Trukikaitis_Postimees, lk 140
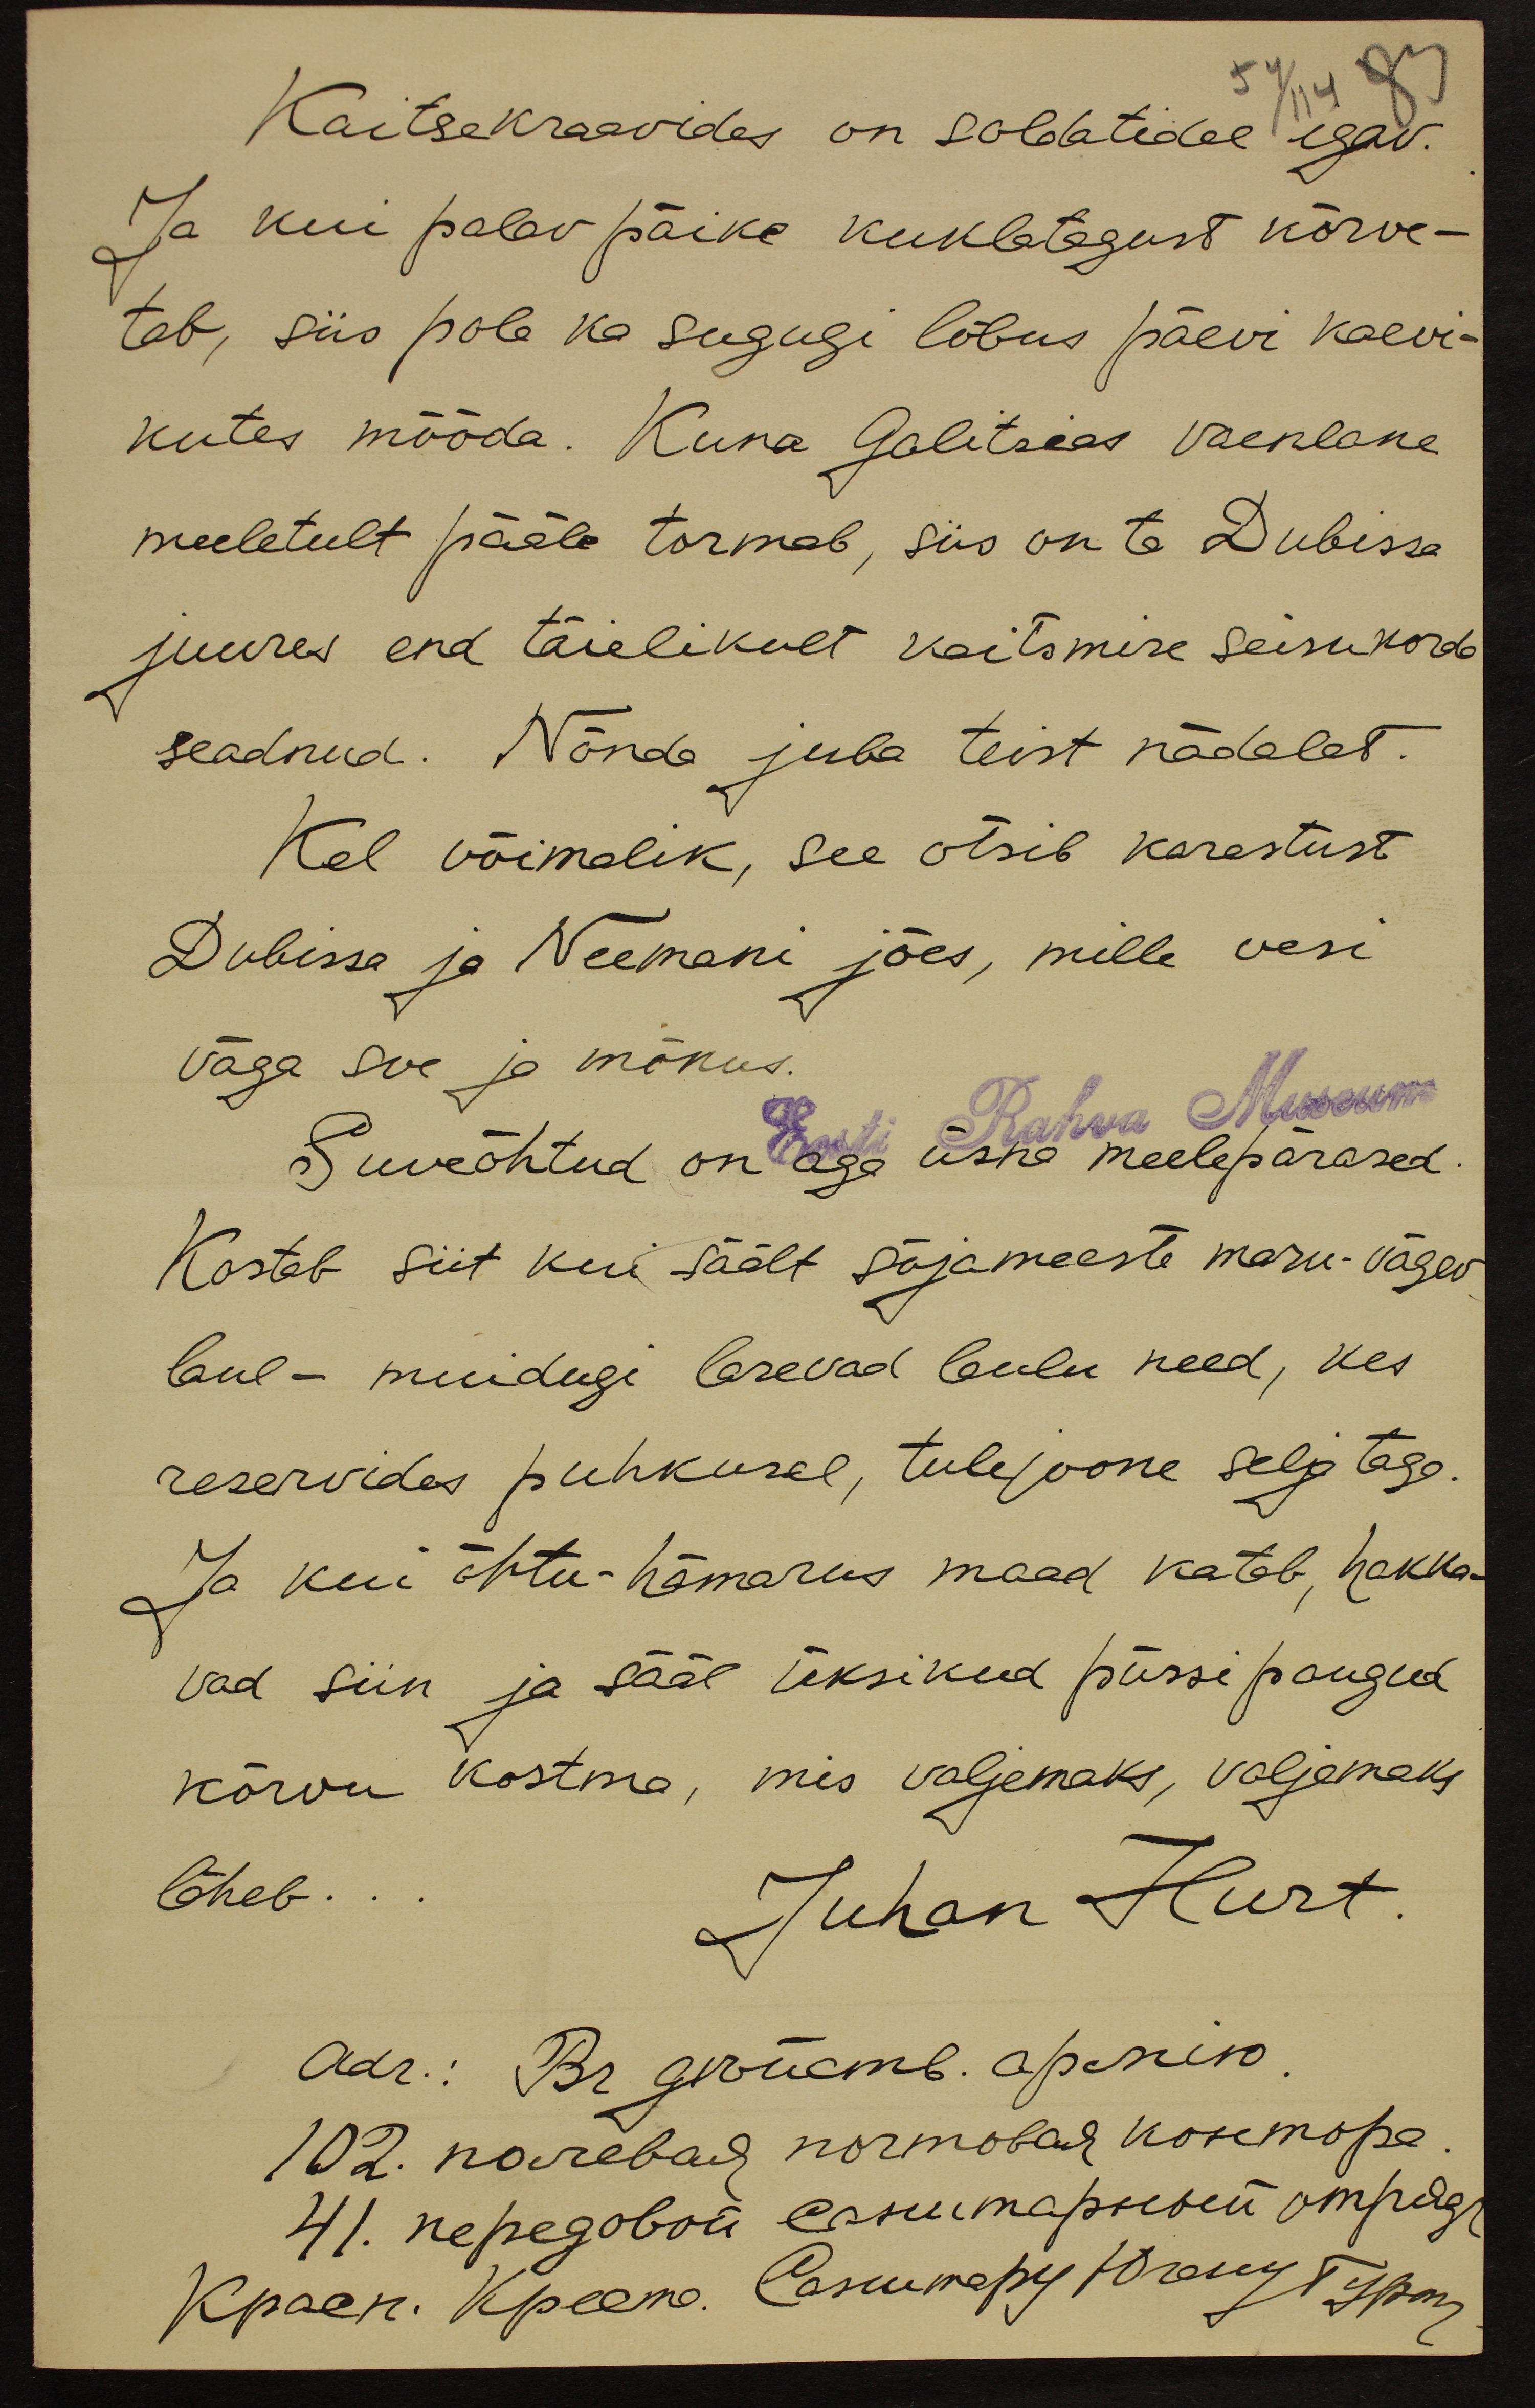
Kaitsekraavides on soldatidel igav.
Ja kui palav päike kuklatagust kõrve-
tab, siis pole ka sugugi lõbus päevi kaevi-
kutes mööda. Kuna Galitsias vaenlane
meeletult pääle tormab, siis on ta Dubissa
juures end täielikult kaitsmise seisukorda
seadnud. Nõnda juba teist nädalat.
Kel võimalik, see otsib karastust
Dubissa ja Neemani jões, mille vesi
väga soe ja mõnus
Eest Rahva Museum
Suveõhtud on aga üsna meelepärased.
Kostab siit kui säält sõjameeste maru-vägev
laul – muidugi lasevad laulu need, kes
reservides puhkusel, tulejoone selja taga.
Ja kui õhtu-hämarus maad katab, hakka-
vad siin ja sääl üksikud püssi paugud
kõrvu kostma, mis valjemaks, valjemaks
läheb...
Juhan Hurt.
Adr.: Br Grüamb apinik